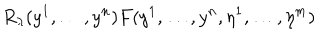
R _ { \lambda } ( y ^ { 1 } , \dots , y ^ { n } ) F ( y ^ { 1 } , \dots , y ^ { n } , \eta ^ { 1 } , \dots , \eta ^ { m } )